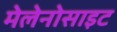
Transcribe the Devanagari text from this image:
मेलेनोसाइट